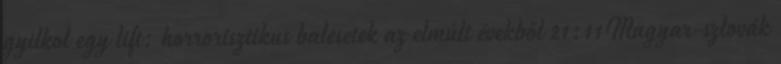
gyilkol egy lift: horrorisztikus balesetek az elmúlt évekből 21:11Magyar-szlovák